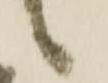
之